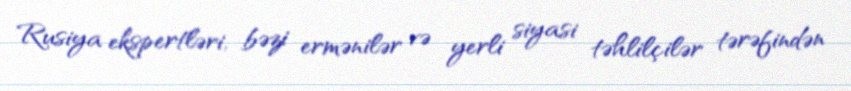
Rusiya ekspertləri, bəzi ermənilər və yerli siyasi təhlilçilər tərəfindən